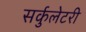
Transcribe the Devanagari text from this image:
सर्कुलेटरी